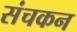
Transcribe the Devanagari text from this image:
संचकन